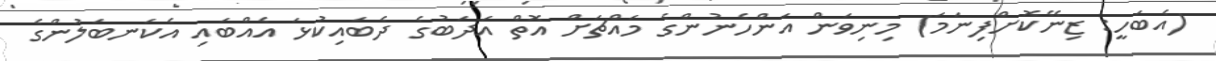
(އެބަހީ: ޒިނޭކޮށްފިނަމަ) މިނިވަން އަންހެނުންގެ މައްޗަށް އޮތް އަދަބުގެ ދެބައިކުޅަ އެއްބައި އެކަނބަލުންގެ